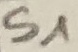
Text: S1